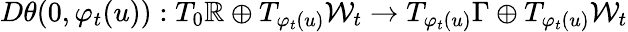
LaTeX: D\theta(0,\varphi_{t}(u)):T_{0}\mathbb{R}\oplus T_{\varphi_{t}(u)}\mathcal{W}_{t}\to T_{\varphi_{t}(u)}\Gamma\oplus T_{\varphi_{t}(u)}\mathcal{W}_{t}